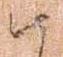
由